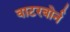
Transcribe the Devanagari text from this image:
वाटरबोर्न